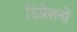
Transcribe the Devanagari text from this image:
डिप्रेशनों